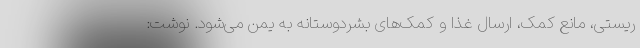
ریستی، مانع کمک، ارسال غذا و کمک‌های بشردوستانه به یمن می‌شود. نوشت: